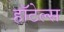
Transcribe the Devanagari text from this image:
हाॅटेल्स